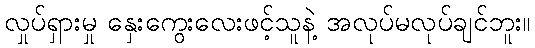
လှုပ်ရှားမှု နှေးကွေးလေးဖင့်သူနဲ့ အလုပ်မလုပ်ချင်ဘူး။